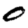
Digit: 0